Annual statistical returns and brief notes on vaccination in Bengal - 1896-1909
Year: 1896
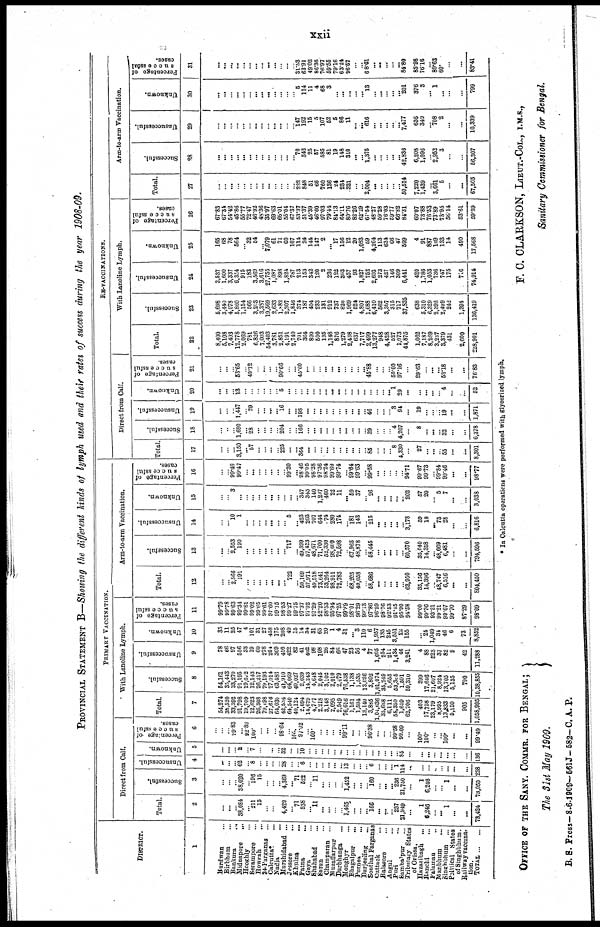
xxii
PROVINCIAL STATEMENT B—Showing the different kinds of lymph used and their rates of success during the year 1908-09.
DISTRICT.
1
Burdwan... ...
Birbhum... ...
Bankura...
...
Midnapore... ...
Hooghly...
...
Serampore... ...
Howrah...
...
24-Parganag... ...
Calcutta... ...
Nadia... ...
Murshidabad... ...
Jessore...
...
Khulna...
...
Patna... ...
Gaya... ...
Shahabad... ...
Saran... ...
Champaran... ...
Muzaffarpur... ...
Darbhanga... ...
Monghyr... ...
Bhagalpur... ...
Purnea... ...
Darjeeling... ...
Sonthal Parganas...
Cuttack... ...
Balasore... ...
Angul... ...
Puri... ...
Sambalpur... ...
Tributary States
of Orissa
Hazaribagh... ...
Ranchi... ...
Palamau...
...
Manbhum... ... ...
Singhum... ...
Political States... ...
of Singhbhum.
Railway vaccina-
tion.
TOTAL...
PRIMARY VACCINATION.
Direct from Calf.
Total.
2
...
...
...
38,084
...
211
15
...
...
...
4,429
...
71
538
...
11
...
...
...
...
1,465
...
...
...
166
...
...
...
287
21,949
...
1
6,246
...
... 1
...
...
73,424
Successful.
3
...
...
...
38,020
...
196
15
...
...
...
4,369
...
71
522
...
11
...
...
...
...
1,452
...
...
...
160
...
...
...
286
21,750
...
1
6,246
...
...
1
...
...
78,050
Unsuccessful.
4
...
...
...
62
...
8
...
...
...
...
28
...
...
6
...
...
...
...
... ...
13
...
...
...
6
...
...
...
1
114
...
...
...
...
...
...
...
...
238
Unknown.
5
...
...
...
2
... 7
...
...
...
...
32
...
...
10
...
...
...
...
...
...
...
...
...
...
...
...
...
...
...
85
...
...
...
...
...
...
...
...
136
Percentage of
successful
cases.
6
...
...
89.83
...
92.89
100*
...
...
...
...
98.64
...
100 97.02
...
100
...
...
...
...
99.11
...
...
...
96.38
...
...
...
90.58
99.09
...
100*
100*
... ...
100*
...
...
99.49
With Lanoline Lymph.
Total.
7
54,274
35,520
33,992
91,798
19,709
12,623
20,308
79,498
27,676
64,036
42,534
64,540
40,124
2,094
14,679
4,707
2,218
3,148
2,095
2,549
76,616
1,161
1,594
13,140
3,885
1,04,636
35,688
6,111
58,350
1,659
62,706
403
17,758
23,179
8,993
13,833
5,150
905
1,058,995
Successful.
8
54,161
35,443
33,270
91,195
19,602
12,143
26,217
79,198
27,014
63,486
41,910
64,069
40,027
2,039
14,243
4,648
2,045
3,102
2,010
2,479
76,538
1,138
1,535
13,026
3,802
1,01,074
35,249
5,655
53,305
1,591
59,310
399
17,646
21,607
8,924
13,705
5,135
790
10,38,855
Unsuccessful.
9
78
66
97
556
33
19
60
278
204
369
416
422
82
41
402
98
108
26
84
66
47
23
56
4
77
1,605
254
211
1,434
46
3,241
4
88
523
37
82
9
42
11,288
Unknown.
10
35
11
25
47
4
101
31
27
458
175
208
49
15
14
34
31
65
20
1
4
31
... 3
110
6
1,957
185
245
3,551
22
155
...
24
1,049
34
46
6
73
8,852
Percentage of
successful
cases.
11
99.79
99.78
99.63
99.34
99.81
99.02
99.65
99.61
97.60
99.15
98.53
99.27
99.75
97.37
97.02
97.29
92.20
98.63
95.94
97.25
99.89
98.01
96.29
99.13
97.86
96.59
98.76
92.53
91.45
95.90
94.58
99.00
99.36
93.21
99.21
99.07
99.70
87.29
98.09
Arm-to-arm Vaccination.
Total.
12
...
...
2,566
191
...
...
...
...
...
...
...
722
...
50,169
57,971
49,518
73,641
53,264
98,911
72,783
...
68,205
49,058
...
58,686
...
...
...
...
...
63,950
35,156
14,396
...
48,747
6,516
...
...
804,450
Successful.
13
...
...
2,553
190
...
...
...
...
...
...
...
717
...
49,399
57,423
48,671
71,700
52,330
93,609
72,598
...
67,965
48,878
...
58,445
...
...
...
...
...
66,570
35,040
14,358
...
48,669
6,481
...
...
794,596
Unsuccessful.
14
...
...
10
1
...
...
...
...
...
...
...
5
...
423
203
707
644
74
280
174
...
1.81
143
...
215
...
...
...
...
...
3,178
59
18
...
28 28
...
...
6,816
Unknown.
15
...
...
3
...
...
...
...
...
...
...
...
...
...
347
345
140
1,207
460
22
11
...
59
37
...
26
...
...
...
...
...
202
57
20
...
6
7
...
...
3,038
Percentage of
successful
cases.
16
...
...
99.49
99.47
...
...
...
...
...
...
...
99.30
...
98.46
99.05
98.28
97.36
98.24
99.69
99.74
...
99.64
99.63
...
99.58
...
...
...
...
...
94.71
99.67
99.73
...
99.84
99.46
...
...
98.77
RE-VACCINATIONS.
Direct from Calf.
Total.
17
...
...
...
3,150
...
57
...
...
...
...
225
...
...
864
...
...
...
...
...
...
...
...
...
...
85
...
...
...
8
4,330
...
27
...
...
...
55
...
...
8,301
Successful.
18
...
...
...
1,690
...
28
...
...
...
...
204
...
...
166
...
...
...
...
...
...
...
...
...
...
39
...
...
...
4
4,207
...
8
...
...
...
32
...
...
6,378
Unsuccessful.
19
...
...
...
1,447
...
29
...
...
...
... 16
...
...
198
...
...
...
...
...
...
...
...
...
...
46
...
...
...
3
94
...
19
...
...
...
19
...
...
1,871
Unknown.
20
...
...
...
13.
...
...
...
...
...
...
5
...
...
...
...
...
...
...
...
...
...
...
...
...
...
...
...
...
1
29
...
...
...
...
...
4
...
...
52
Percentage of
successful
cases.
21
...
...
...
53.65
... 49.12
...
...
...
...
90.66
...
...
45.60
...
...
...
...
...
...
...
...
...
...
45.88
...
...
...
50.00
97.16
...
29.63
...
...
...
53.18
...
...
76.83
With Lanoline Lymph.
Total.
22
8,400
5,108
7,493
12,778
2,069
781
6,826
7,003
54,403
3,781
2,851
4,191
2,740
701
364
890
500
135
1,148
876
1,279
2,438
637
7,717
2,499
13,277
948
4,428
527
1,073
41,875
1,062
7,187
8,269
3,237
3,379
431
2,600
228,901
Successful.
23
5,698
3,440
4,078
5,860
1,154
566
3,208
3,337
19,569
2,633
1,082
2,307
1,846
374
187
404
233
131
912
737
820
1,969
624
4,807
1,688
6,410
562
3,367
315
717
37,835
638
5,310
6,329
2,392
2,499
242
1,394
136,419
Unsuccessful.
24
2,537
1,600
3,337
6,354
915
183
3,569
3,616
27,755
1,087
898
1,824
787
213
153
342
120
2
236
122
303
457
93
1,827
752
2,603
273
427
146
309
6,441
420
1,786
1,053
736
747
175
716
74,914
Unknown.
25
165
68
78
564
... 32
54
...
7,079
61
71
60
107
114
24
144
147
2
... 17
156
12
20
1,038
59
4,264
113
631
66
47
599
4
91
887
109
133
14
490
17,568
Percentage of
successful
cases.
26
67.83
67.34
54.42
45.86
55.77
72.47
46.92
48.36
35.97
69.63
66.01
55.04
67.37
53.87
51.37
45.39
46.60
97.03
79.44
84.13
64.11
80.76
82.26
62.29
67.54
48.27
59.28
76.03
59.77
66.32
84.31
60.07
73.88
76.53
73.89
73.95
56.14
53.61
59.69
Arm-to-arm Vaccination.
Total.
27
...
...
...
...
...
...
...
...
...
...
...
...
...
222
848
51
66
760
136
24
284
321
... ...
2,004
...
...
...
...
...
50,514
7,220
1,439
...
3,661
5
...
...
67,505
Successful.
28
...
...
...
...
...
...
...
...
...
...
...
...
... 70
542
25
57
585
81
19
148
310
...
...
1,375
...
..,
...
...
...
42,836
6,208
1,096
... 2,952
3
...
...
56,307
Unsuccessful.
29
...
...
...
...
...
...
...
...
...
...
...
...
...
147
192
15
5
107
52
5
86
11
...
... 616
...
...
...
...
...
7,477
636
340
... 708
2
...
...
10,339
Unknown.
30
...
...
...
...
...
...
...
... ...
...
...
...
...
6
114
11
4
68
3
...
...
...
...
...
13
...
...
...
...
... 201
376
3
... 1
...
...
...
799
Percentage of
successful
cases.
31
...
...
...
...
...
...
...
...
...
...
...
...
...
31.53
63.91
49.02
86.36
76.97
59.55
79.16
63.24
96.57
...
...
68.61
... ...
....
...
...
84.80
85.98
76.16
...
80.63
60*
...
...
83.41
* In Calcutta operations were performed with glycerized lymph.
OFFICE OF THE SANY. COMMR. FOR BENGAL;
The 31st May 1909.
F. C. CLARKSON, LIEUT.-COL., I.M.S.,
Sanitary Commissioner for Bengal.
B. S. Press-8-6-1909-561J-582-C. A. P.